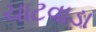
ચાટવાડા